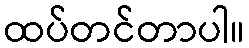
ထပ်တင်တာပါ။